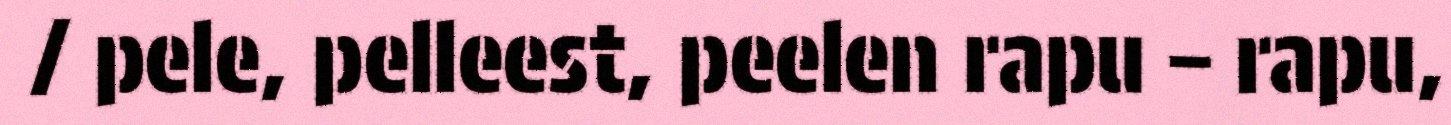
/ pele, pelleest, peelen rapu – rapu,